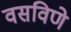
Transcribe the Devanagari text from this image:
वसविणे